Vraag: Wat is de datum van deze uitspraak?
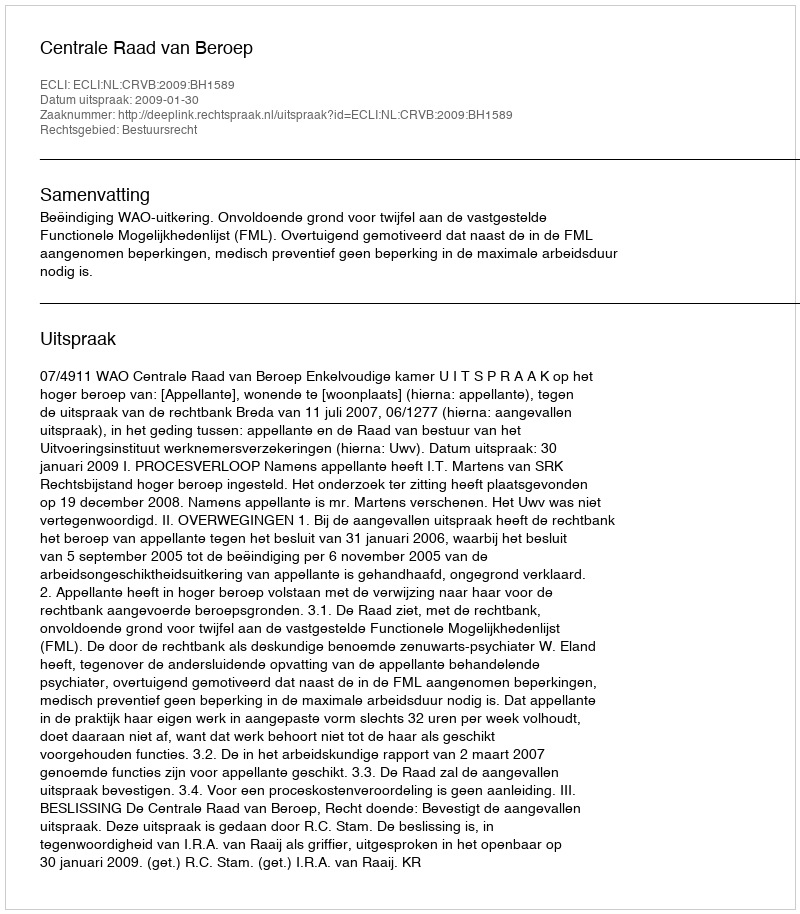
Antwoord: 2009-01-30